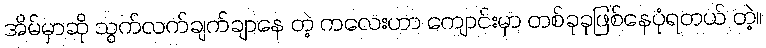
အိမ်မှာဆို သွက်လက်ချက်ချာနေ တဲ့ ကလေးဟာ ကျောင်းမှာ တစ်ခုခုဖြစ်နေပုံရတယ် တဲ့။